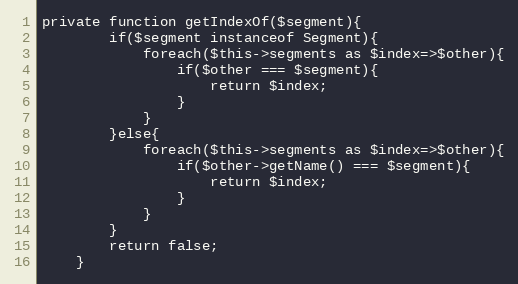
Language: PHP
private function getIndexOf($segment){
		if($segment instanceof Segment){
			foreach($this->segments as $index=>$other){
				if($other === $segment){
					return $index;
				}
			}
		}else{
			foreach($this->segments as $index=>$other){
				if($other->getName() === $segment){
					return $index;
				}
			}
		}
		return false;
	}